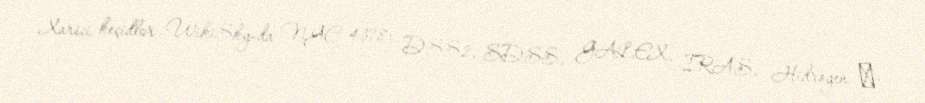
Xarici keçidlər WikiSky-da NGC 4378: DSS2, SDSS, GALEX, IRAS, Hidrogen α,